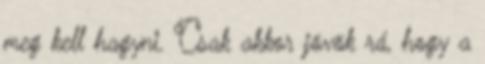
meg kell hagyni. Csak akkor jövök rá, hogy a